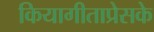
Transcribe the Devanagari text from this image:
कियागीताप्रेसके